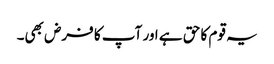
یہ قوم کا حق ہے اور آپ کا فرض بھی۔